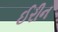
ઈરીન